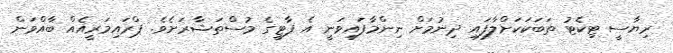
ރިޔާސީ ޓިކެޓު ތަބަކަކަށްލާފައި ދިނުމަށް ނިންމާފައިވަނީ އެ ޕާޓީގެ މުސްތަޝާރަށެވެ. ޕްރައިމަރީއެއް ބާއްވަން